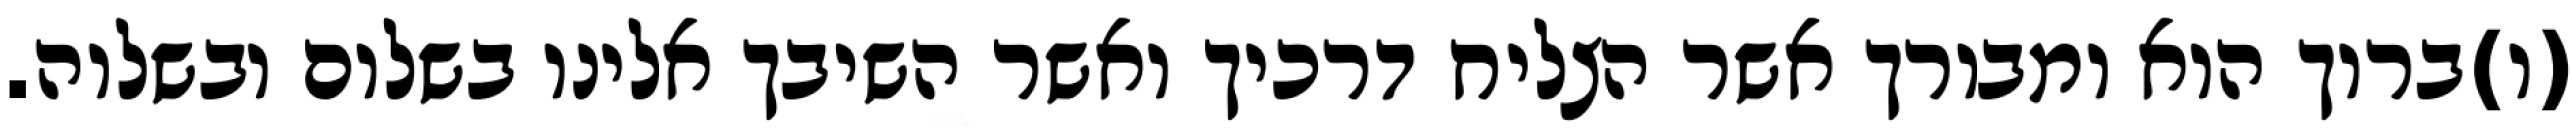
(ו)ברוך הוא ומבורך אשר הצליח דרכיך ואשר השיבך אלינו בשלום ובשלוה.